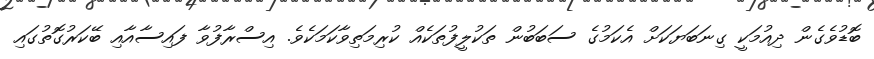
ބޮޑުވެގެން ދިއުމަކީ ގިނަބަޔަކަށް އެކަމުގެ ސަބަބުން ތަކުލީފުތަކެއް ކުރިމަތިވާކަމަކެވެ. އިސްރާފުވާ ފައިސާއާއި ބޭކަރުގޮތުގައި